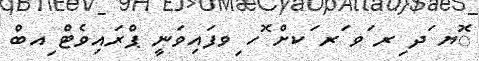
ޮޔ ަދ ިރ ަވ ަރ ަކށް ޮހ ިވފައިވަނީ ޕްރައިވެޓް ިއބް